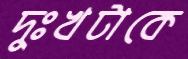
দুঃখটাকে